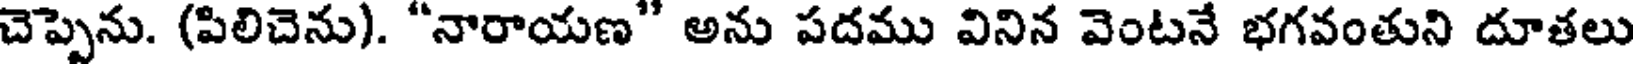
చెప్పెను. (పిలిచెను). "నారాయణ" అను పదము వినిన వెంటనే భగవంతుని దూతలు